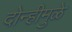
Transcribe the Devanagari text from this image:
दोन्हीमुळे